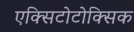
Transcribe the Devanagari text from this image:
एक्सिटोटोक्सिक